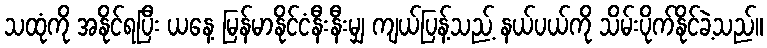
သထုံကို အနိုင်ရပြီး ယနေ့ မြန်မာနိုင်ငံနီးနီးမျှ ကျယ်ပြန့်သည့် နယ်ပယ်ကို သိမ်းပိုက်နိုင်ခဲ့သည်။